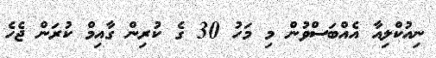
ނިއުކްލިއާ އެއްބަސްވުން މި މަހު 30 ގެ ކުރިން ގާއިމް ކުރަން ޖެހެ